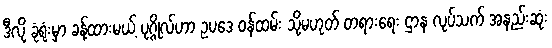
ဒီလို ခုံရုံးမှာ ခန့်ထားမယ့် ပုဂ္ဂိုလ်ဟာ ဥပဒေ ဝန်ထမ်း သို့မဟုတ် တရားရေး ဌာန လုပ်သက် အနည်းဆုံး